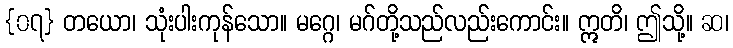
{၀၇} တယော၊ သုံးပါးကုန်သော။ မဂ္ဂေ၊ မဂ်တို့သည်လည်းကောင်း။ ဣတိ၊ ဤသို့။ ဆ၊